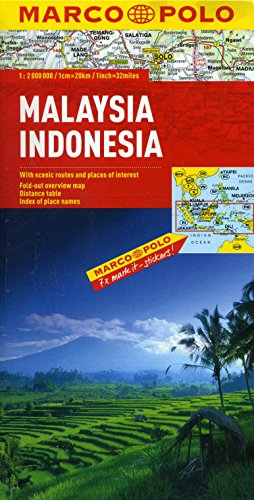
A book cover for Malaysia, Indonesia Marco Polo Map (Marco Polo Maps); Marco Polo Travel; Travel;